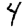
Digit: 4